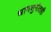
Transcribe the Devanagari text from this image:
धामधुमीतही